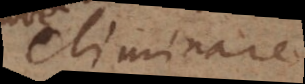
eliminare